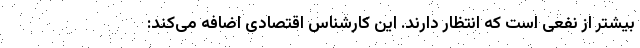
بیشتر از نفعی است که انتظار دارند. این کارشناس اقتصادی اضافه می‌کند: